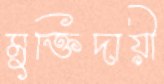
মুক্তিদায়ী